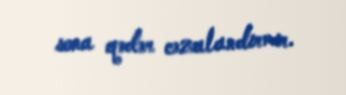
sona qədər cəzalandırmır.